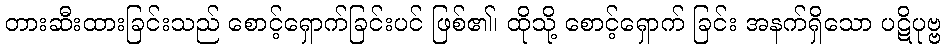
တားဆီးထားခြင်းသည် စောင့်ရှောက်ခြင်းပင် ဖြစ်၏၊ ထိုသို့ စောင့်ရှောက် ခြင်း အနက်ရှိသော ပဋိပုဗ္ဗ